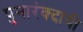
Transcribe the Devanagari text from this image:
पुनारंक्दायी